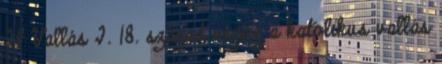
24 Vallás I. 18. század végéig a katolikus vallás